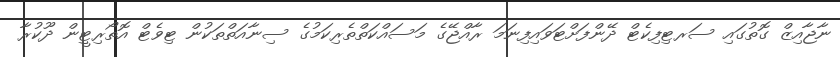
ނާޖާއިޒް ގޮތުގައި ސަރޓިފިކެޓް ދޭންފަށްޓަވައިފިނަމަ ރާއްޖޭގެ މަސައްކަތްތެރިކަމުގެ ސިނާއަތްތަކުން ޓިވެޓް އޮތޯރިޓީން ދޫކުރާ